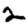
Digit: 2